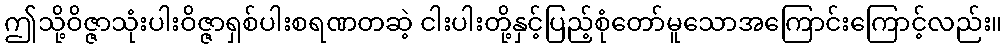
ဤသို့ဝိဇ္ဇာသုံးပါးဝိဇ္ဇာရှစ်ပါးစရဏတဆဲ့ ငါးပါးတို့နှင့်ပြည့်စုံတော်မူသောအကြောင်းကြောင့်လည်း။